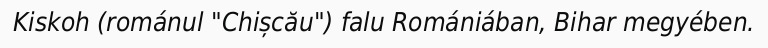
Kiskoh (románul "Chișcău") falu Romániában, Bihar megyében.